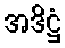
အဒိဋ္ဌံ